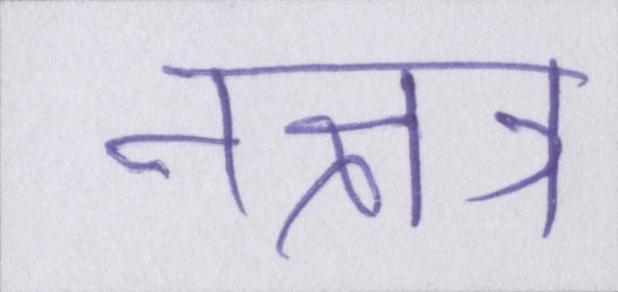
नक्षत्र